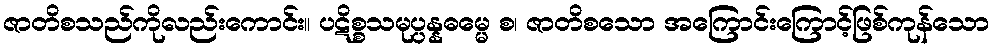
ဇာတိစသည်ကိုလည်းကောင်း။ ပဋိစ္စသမုပ္ပန္နဓမ္မေ စ၊ ဇာတိစသော အကြောင်းကြောင့်ဖြစ်ကုန်သော